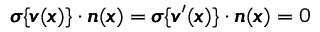
{ \pmb \sigma } \{ { \pmb v } ( { \pmb x } ) \} \cdot { \pmb n } ( { \pmb x } ) = { \pmb \sigma } \{ { \pmb v } ^ { \prime } ( { \pmb x } ) \} \cdot { \pmb n } ( { \pmb x } ) = 0